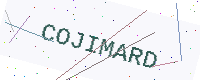
Text: COJIMARD